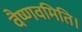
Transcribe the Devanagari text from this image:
वैष्णवमिति।